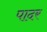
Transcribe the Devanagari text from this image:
पादर